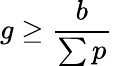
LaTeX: g\geq\frac{b}{\sum p}